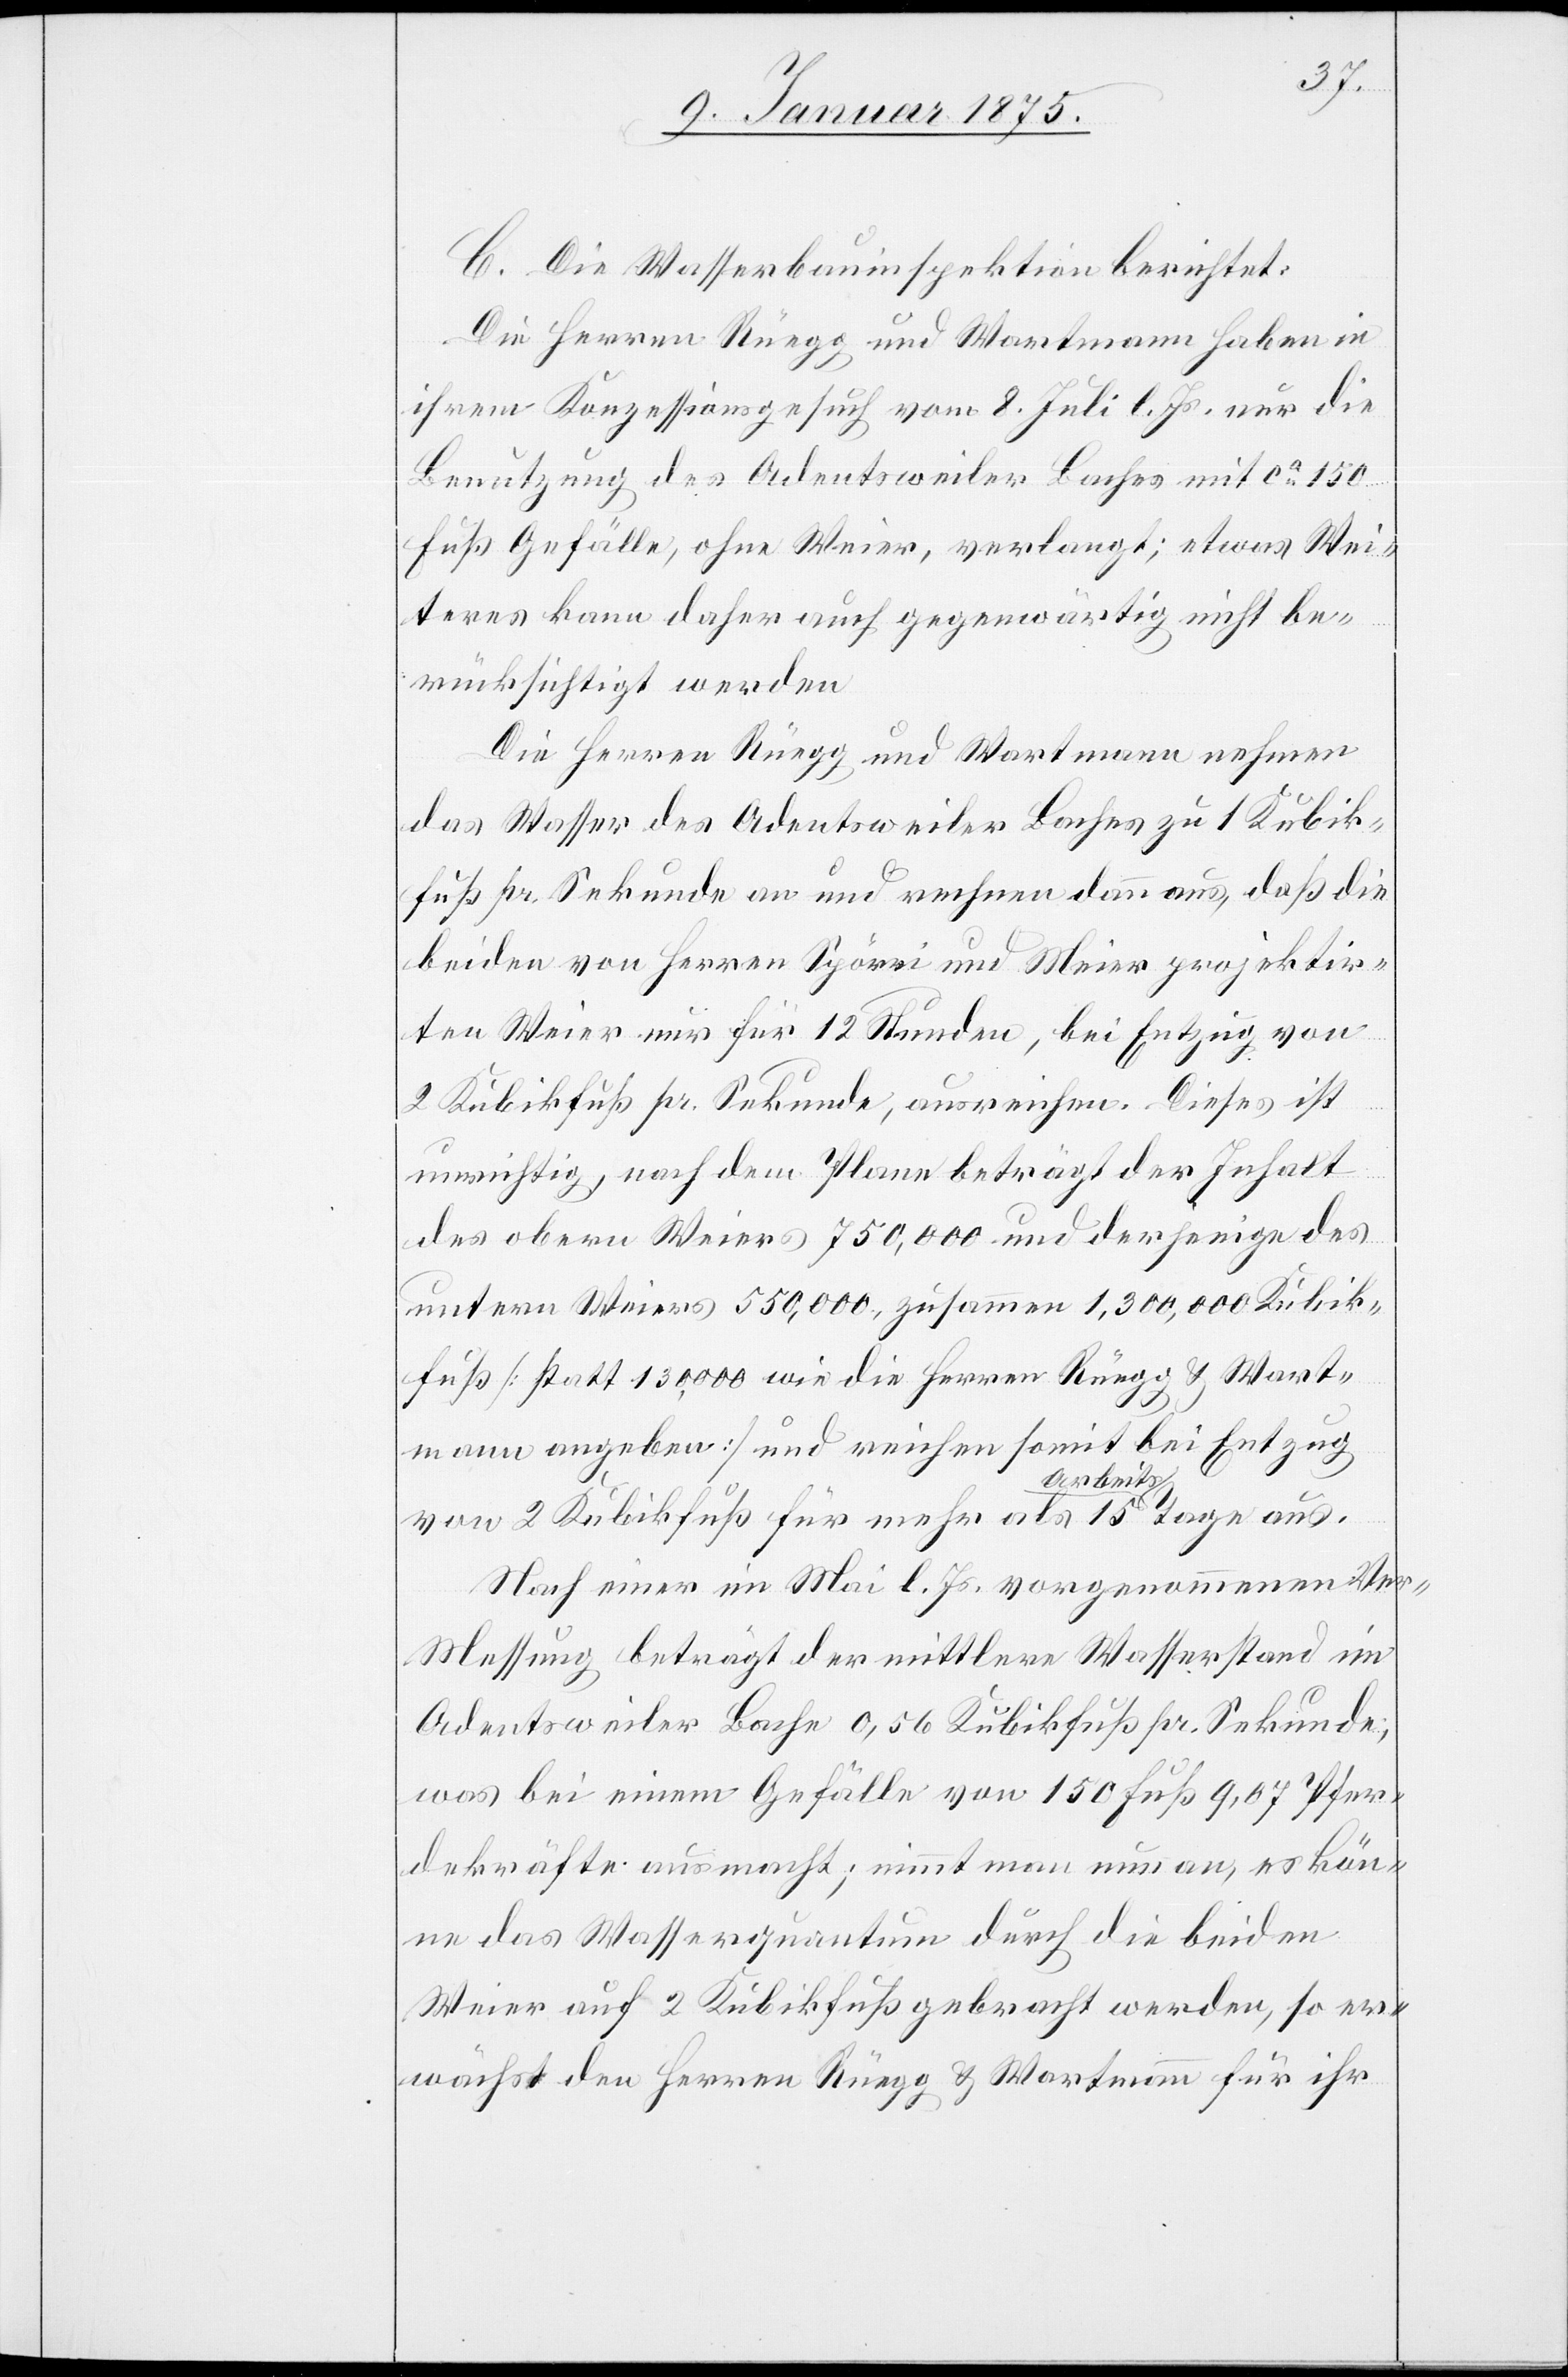
C. Die Wasserbauinspektion berichtet:
Die Herren Rüegg und Wartmann haben in
ihrem Konzessionsgesuch vom 8. Juli l. Js. nur die
Benutzung des Adentsweiler Baches mit ca 150
Fuß Gefälle, ohne Weier, verlangt; etwas Wei¬
teres kann daher auch gegenwärtig nicht be¬
rücksichtigt werden.
Die Herren Rüegg Wartmann nehmen
das Wasser des Adentsweiler Baches zu 1 Kubik¬
fuß pr. Sekunde an und rechnen dann aus, daß die
beiden von Herren Spörri und Meier projektir¬
ten Weier nur für 12 Stunden, bei Entzug von
2 Kubikfuß pr. Sekunde, ausreichen. Dieses ist
unrichtig, nach dem Plane beträgt der Inhalt
des obern Weiers 750,000 und derjenige des
untern Weiers 550,000, zusammen 1,300,000 Kubik¬
fuß (statt 130,000 wie die Herren Rüegg & Wart¬
mann angeben) und reichen somit bei Entzug
rbeits-aTage
von 2 Kubikfuß für mehr als 15 a-A¬
Nach einer im Mai l. Js. vorgenommenen Ver-M¬
essung [sic!] beträgt der mittlere Wasserstand im
Adentsweiler Bache 0,56 Kubikfuß pr. Sekunde;
was bei einem Gefälle von 150 Fuß 9,67 Pfer¬
dekräfte ausmacht; nimmt man nun an, es kön¬
ne das Wasserquantum durch die beiden
Weier auf 2 Kubikfuß gebracht werden, so er¬
wächst den Herren Rüegg & Wartmann für ihr